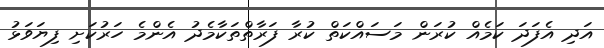
އަދި އެފަދަ ކަމެއް ކުރަން މަސައްކަތް ކުރާ ފަރާތްތަކާމެދު އެންމެ ހަރުކަށި ފިޔަވަޅު